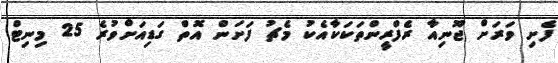
ފެށި ވަރަށް ޖޫނިއާ ރެފްރީންތަކަކާއެކު މެޗު ފަށަން އޮތް ގަޑިއަށްވުރެ 25 މިނިޓް